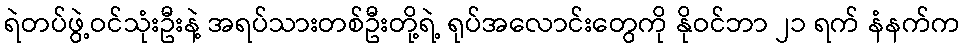
ရဲတပ်ဖွဲ့ဝင်သုံးဦးနဲ့ အရပ်သားတစ်ဦးတို့ရဲ့ ရုပ်အလောင်းတွေကို နိုဝင်ဘာ ၂၁ ရက် နံနက်က